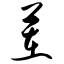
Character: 茬